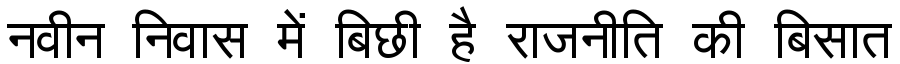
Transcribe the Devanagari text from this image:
नवीन निवास में बिछी है राजनीति की बिसात